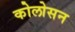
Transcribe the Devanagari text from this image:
कोलोसन